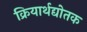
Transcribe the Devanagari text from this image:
क्रियार्थद्योतक